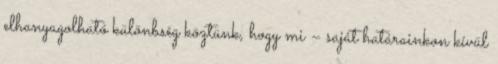
elhanyagolható különbség köztünk, hogy mi – saját határainkon kívül